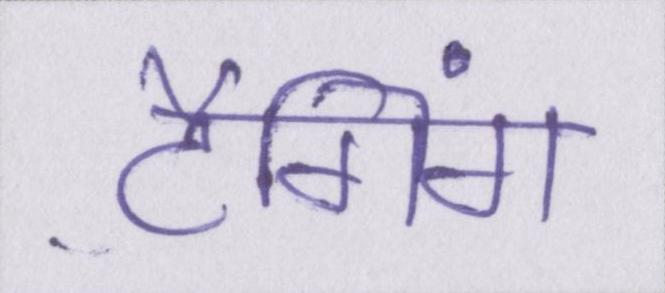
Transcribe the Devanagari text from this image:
टैगिंग